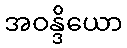
အဝန္ဒိယော